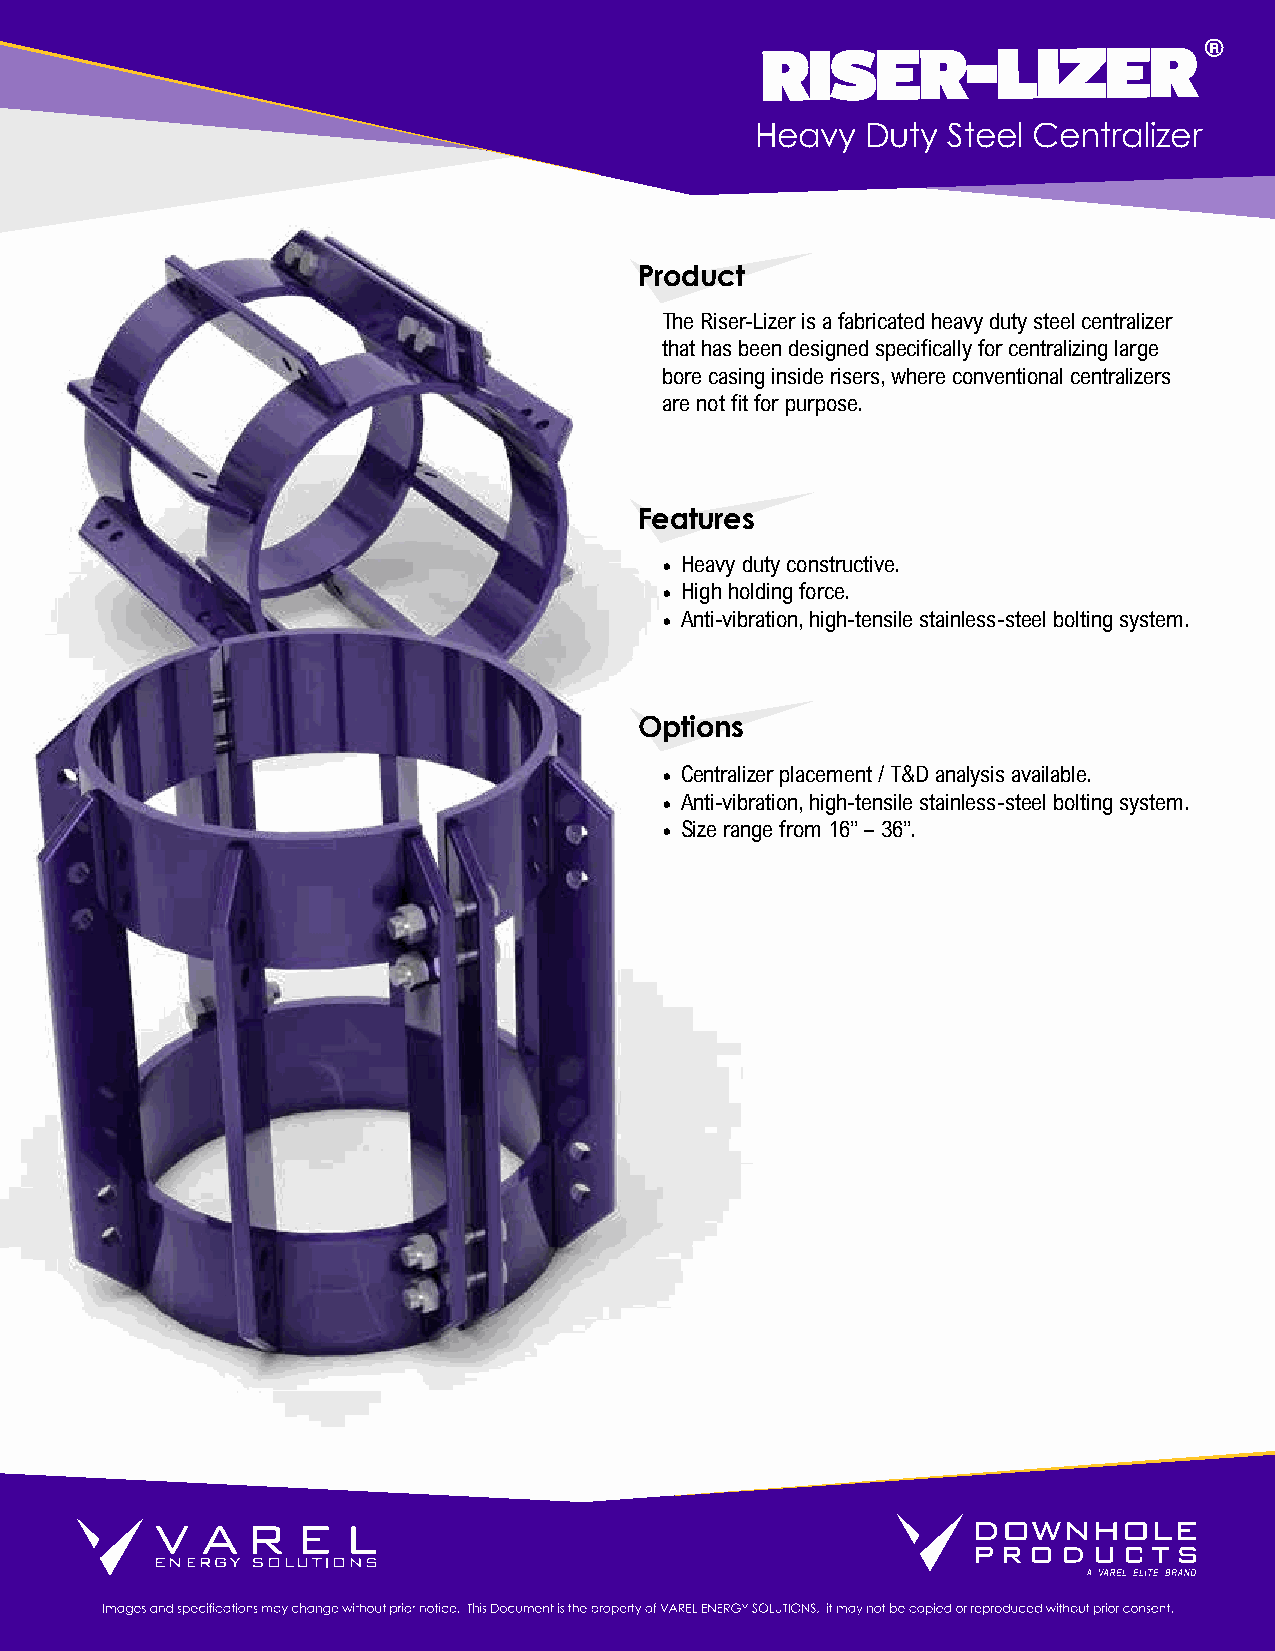
RISER-LIZER                   ®
 Heavy  Duty  Steel Centralizer
 Product
 The Riser-Lizer is a fabricated heavy duty steel centralizer
 that has been designed specifically for centralizing large
 bore casing inside risers, where conventional centralizers
 are not fit for purpose.
 Features
 • Heavy duty constructive.
 • High holding force.
 • Anti-vibration, high-tensile stainless-steel bolting system.
 Options
 • Centralizer placement / T&D analysis available.
 • Anti-vibration, high-tensile stainless-steel bolting system.
 • Size range from 16” – 36”.